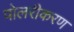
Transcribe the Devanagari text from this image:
पोलरीकरण